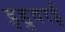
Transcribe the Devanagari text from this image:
इडुवरई